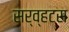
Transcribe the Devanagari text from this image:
सर्व्हटस